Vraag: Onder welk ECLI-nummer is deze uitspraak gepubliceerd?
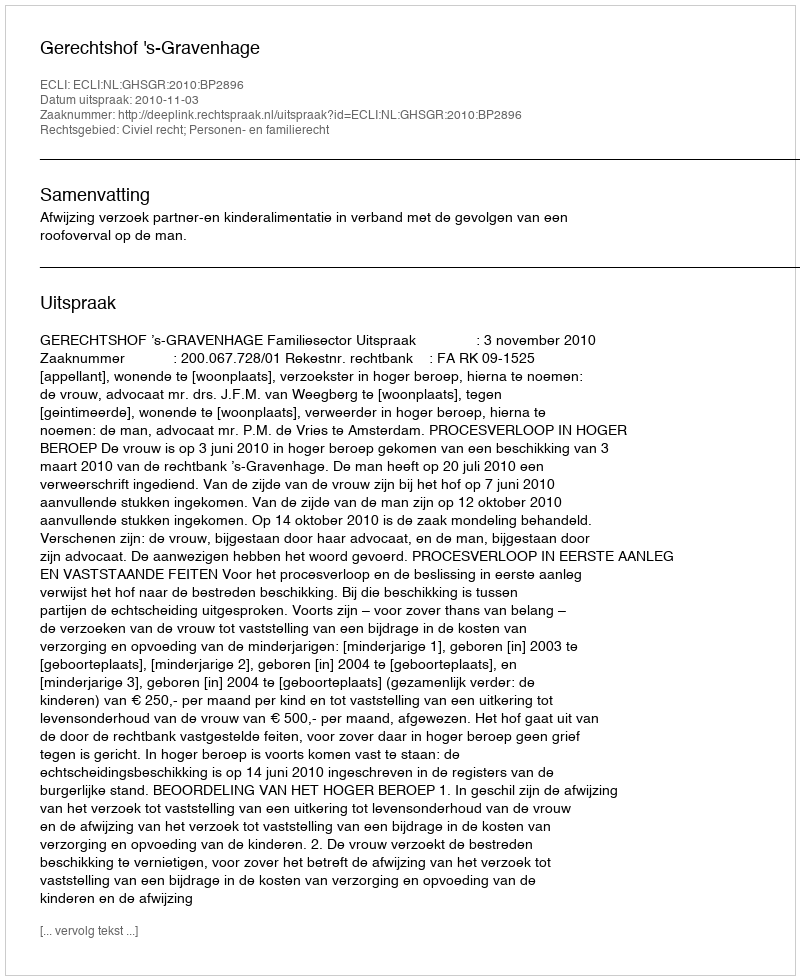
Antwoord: ECLI:NL:GHSGR:2010:BP2896